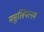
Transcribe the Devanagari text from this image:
मसुलिपत्नम